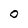
Character: O